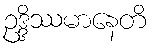
ဥဒ္ဒိဿမာနေတိ